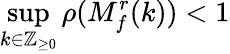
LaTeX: \operatorname*{sup}_{k\in\mathbb{Z}_{\geq 0}}\rho(M_{f}^{r}(k))<1